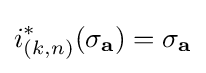
i_{(k,n)}^{*}(\sigma _{\mathbf {a} })=\sigma _{\mathbf {a} }